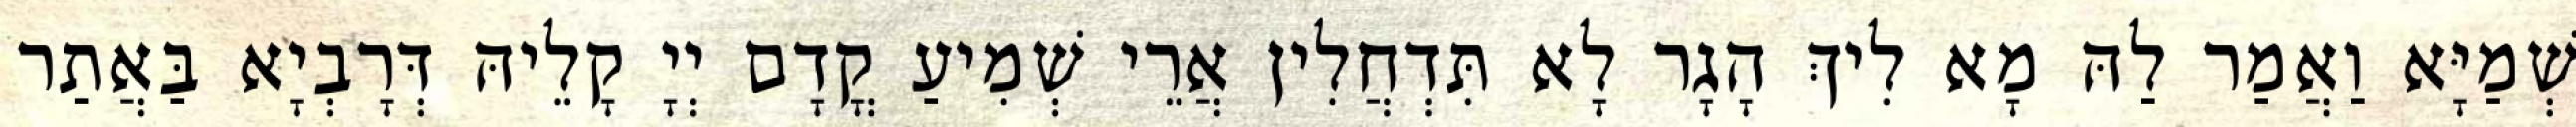
שְׁמַיָּא וַאֲמַר לַהּ מָא לִיךְ הָגָר לָא תִּדְחֲלִין אֲרֵי שְׁמִיעַ קֳדָם יְיָ קָלֵיהּ דְּרָבְיָא בַּאֲתַר